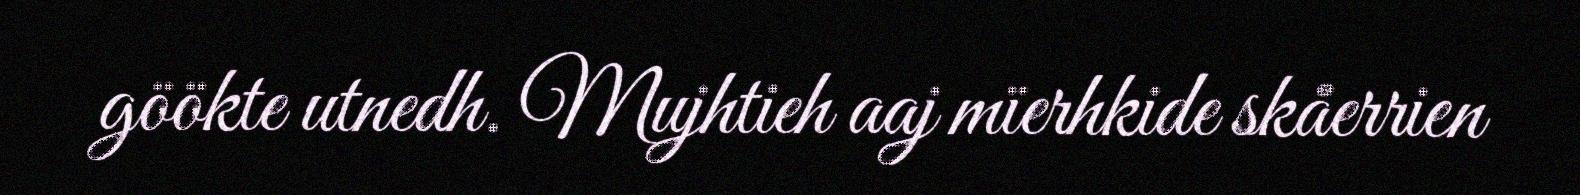
göökte utnedh. Mujhtieh aaj mïerhkide skåerrien